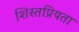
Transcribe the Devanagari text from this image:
शिस्तप्रियता